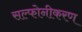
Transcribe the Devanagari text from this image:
सल्फोनीकरण